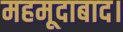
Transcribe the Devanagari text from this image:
महमूदाबाद।